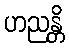
ဟညန္တိ